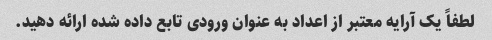
لطفاً یک آرایه معتبر از اعداد به عنوان ورودی تابع داده شده ارائه دهید.